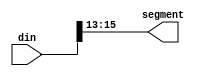
module decoder16b(output [2:0]segment,input [15:0]din);
  assign segment=din[15:13];
endmodule